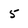
Character: 5